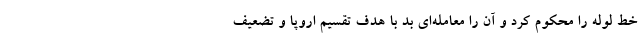
خط لوله را محکوم کرد و آن را معامله‌ای بد با هدف تقسیم اروپا و تضعیف